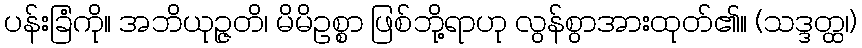
ပန်းခြံကို။ အဘိယုဉ္ဇတိ၊ မိမိဥစ္စာ ဖြစ်ဘို့ရာဟု လွန်စွာအားထုတ်၏။ (သဒ္ဒတ္ထ၊)